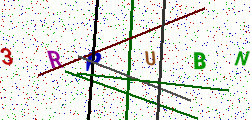
Text: 3RPUBN